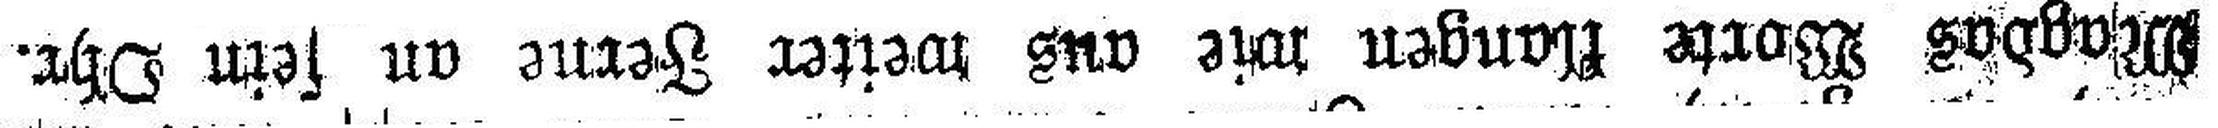
Magdas Worte klangen wie aus weiter Ferne an sein Ohr.